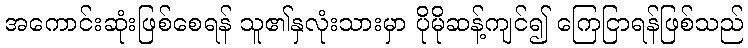
အကောင်းဆုံးဖြစ်စေရန် သူ၏နှလုံးသားမှာ ပိုမိုဆန့်ကျင်၍ ကြေငြာရန်ဖြစ်သည်